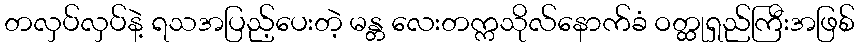
တလှပ်လှပ်နဲ့ ရသအပြည့်ပေးတဲ့ မန္တ လေးတက္ကသိုလ်နောက်ခံ ဝတ္ထုရှည်ကြီးအဖြစ်